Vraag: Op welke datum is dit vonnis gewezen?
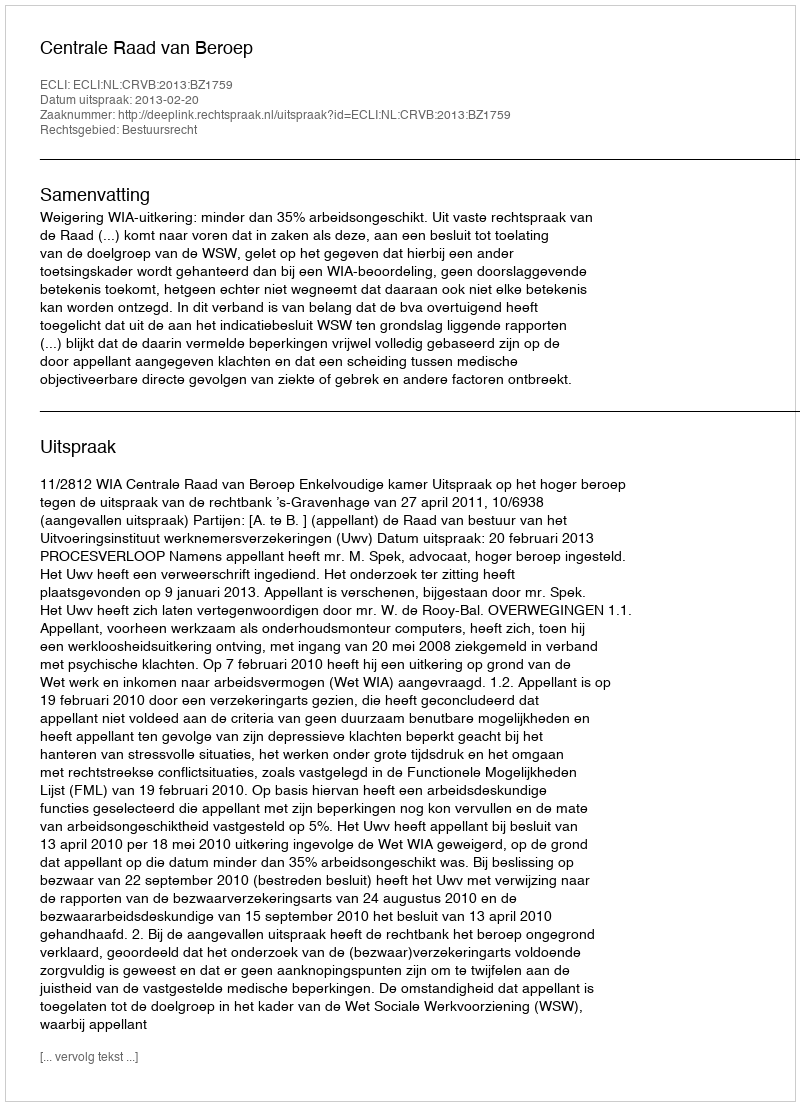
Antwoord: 2013-02-20